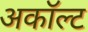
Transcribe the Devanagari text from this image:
अकॉल्ट